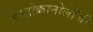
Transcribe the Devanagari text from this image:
एन्डोक्रानोलॉजी